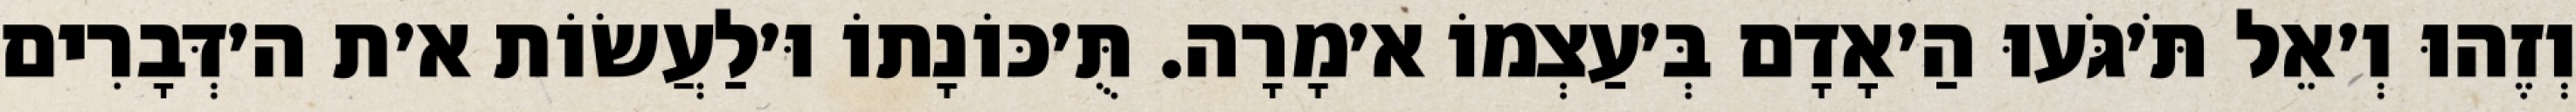
וְזֶהוּ וְ׳אֵל תֹּ׳גֹּעוּ הַ׳אָדָם בְּ׳עַצְמוֹ א׳מָרָה. תֻּ׳כּוֹנָתוֹ וּ׳לַעֲשׂוֹת א׳ת ה׳דְּבָרִים